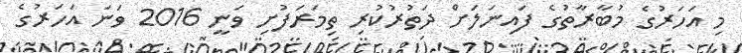
މި އަހަރުގެ މުބާރާތުގެ ފައިނަލަށް ދަތުރުކުރި ތިމަރަފުށި ވަނީ 2016 ވަނަ އަހަރުގެ